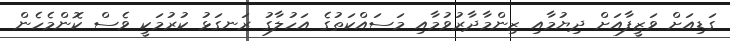
ގަޑިއަށް ވަޒީފާއަށް ދިޔުމާއި ޒިންމާދާރުވުމާއި މަސައްކަތުގެ އަހުލާގު ރަނގަޅު ކުރުމަކީ ވެސް ކޮންމެހެން